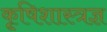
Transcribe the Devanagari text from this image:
कृ्षिशास्त्रज्ञ